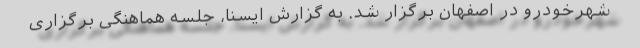
شهرخودرو در اصفهان برگزار شد. به گزارش ایسنا، جلسه هماهنگی برگزاری